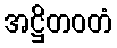
အဋ္ဌိတဝတံ